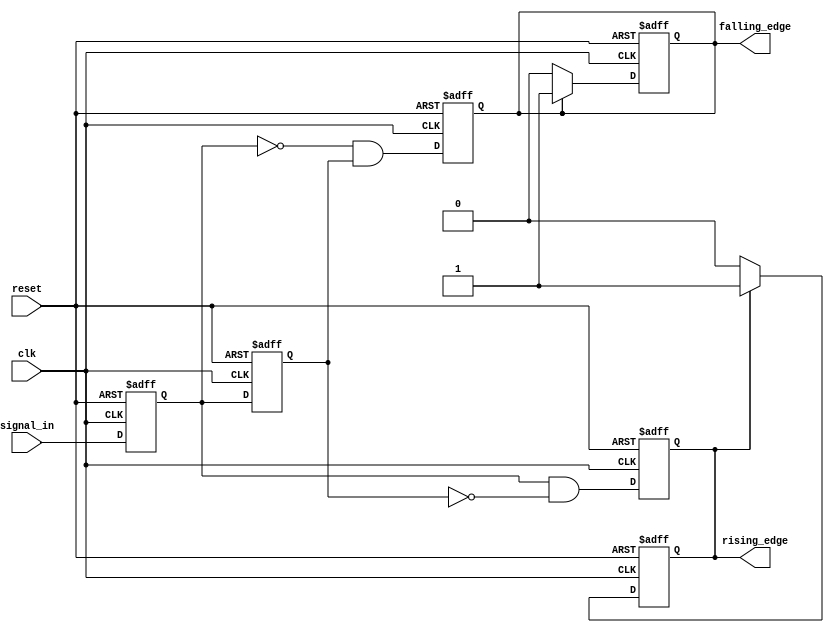
module dual_edge_detector (
    input wire clk,            // Clock signal
    input wire reset,          // Asynchronous reset signal
    input wire signal_in,      // Input signal to detect edges
    output reg rising_edge,    // Output signal for rising edge detection
    output reg falling_edge     // Output signal for falling edge detection
);

    // Memory elements
    reg prev_state;           // Previous state of the input signal
    reg curr_state;           // Current state of the input signal

    // Sequential logic to capture the current state and previous state
    always @(posedge clk or posedge reset) begin
        if (reset) begin
            prev_state <= 0;  // Initialize previous state on reset
            curr_state <= 0;  // Initialize current state on reset
            rising_edge <= 0; // Reset rising edge output
            falling_edge <= 0; // Reset falling edge output
        end else begin
            // Shift states
            prev_state <= curr_state;
            curr_state <= signal_in;

            // Edge detection logic
            rising_edge <= (curr_state == 1 && prev_state == 0);
            falling_edge <= (curr_state == 0 && prev_state == 1);
        end
    end

    // Logic to ensure edges are one-cycle pulses
    always @(posedge clk or posedge reset) begin
        if (reset) begin
            rising_edge <= 0;  // Reset rising edge output
            falling_edge <= 0; // Reset falling edge output
        end else begin
            // Keep the edge signal high for only one clock cycle
            if (rising_edge) begin
                rising_edge <= 1;
            end else begin
                rising_edge <= 0;
            end

            if (falling_edge) begin
                falling_edge <= 1;
            end else begin
                falling_edge <= 0;
            end
        end
    end

endmodule